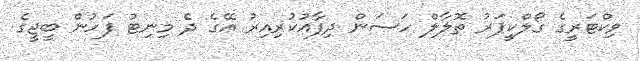
ވިކްޓަރީގެ ގޯލްކީޕަރު ތޮލާލް ހަސަން ދިފާއުކުރިއިރު އޭގެ ދެ މިނިޓު ފަހުން ބީޖީގެ